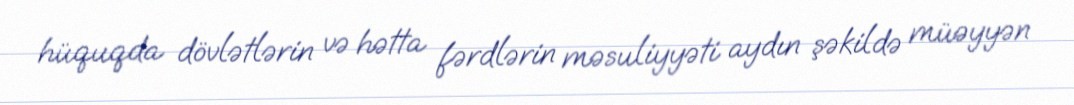
hüquqda dövlətlərin və hətta fərdlərin məsuliyyəti aydın şəkildə müəyyən